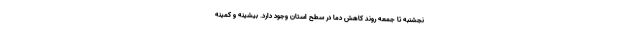
نجشنبه تا جمعه روند کاهش دما در سطح استان وجود دارد. بیشینه و کمینه